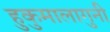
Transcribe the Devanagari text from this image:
हुकुमालागुनी